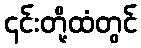
၎င်းတို့ထံတွင်